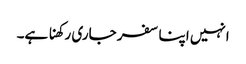
انہیں اپنا سفر جاری رکھنا ہے۔